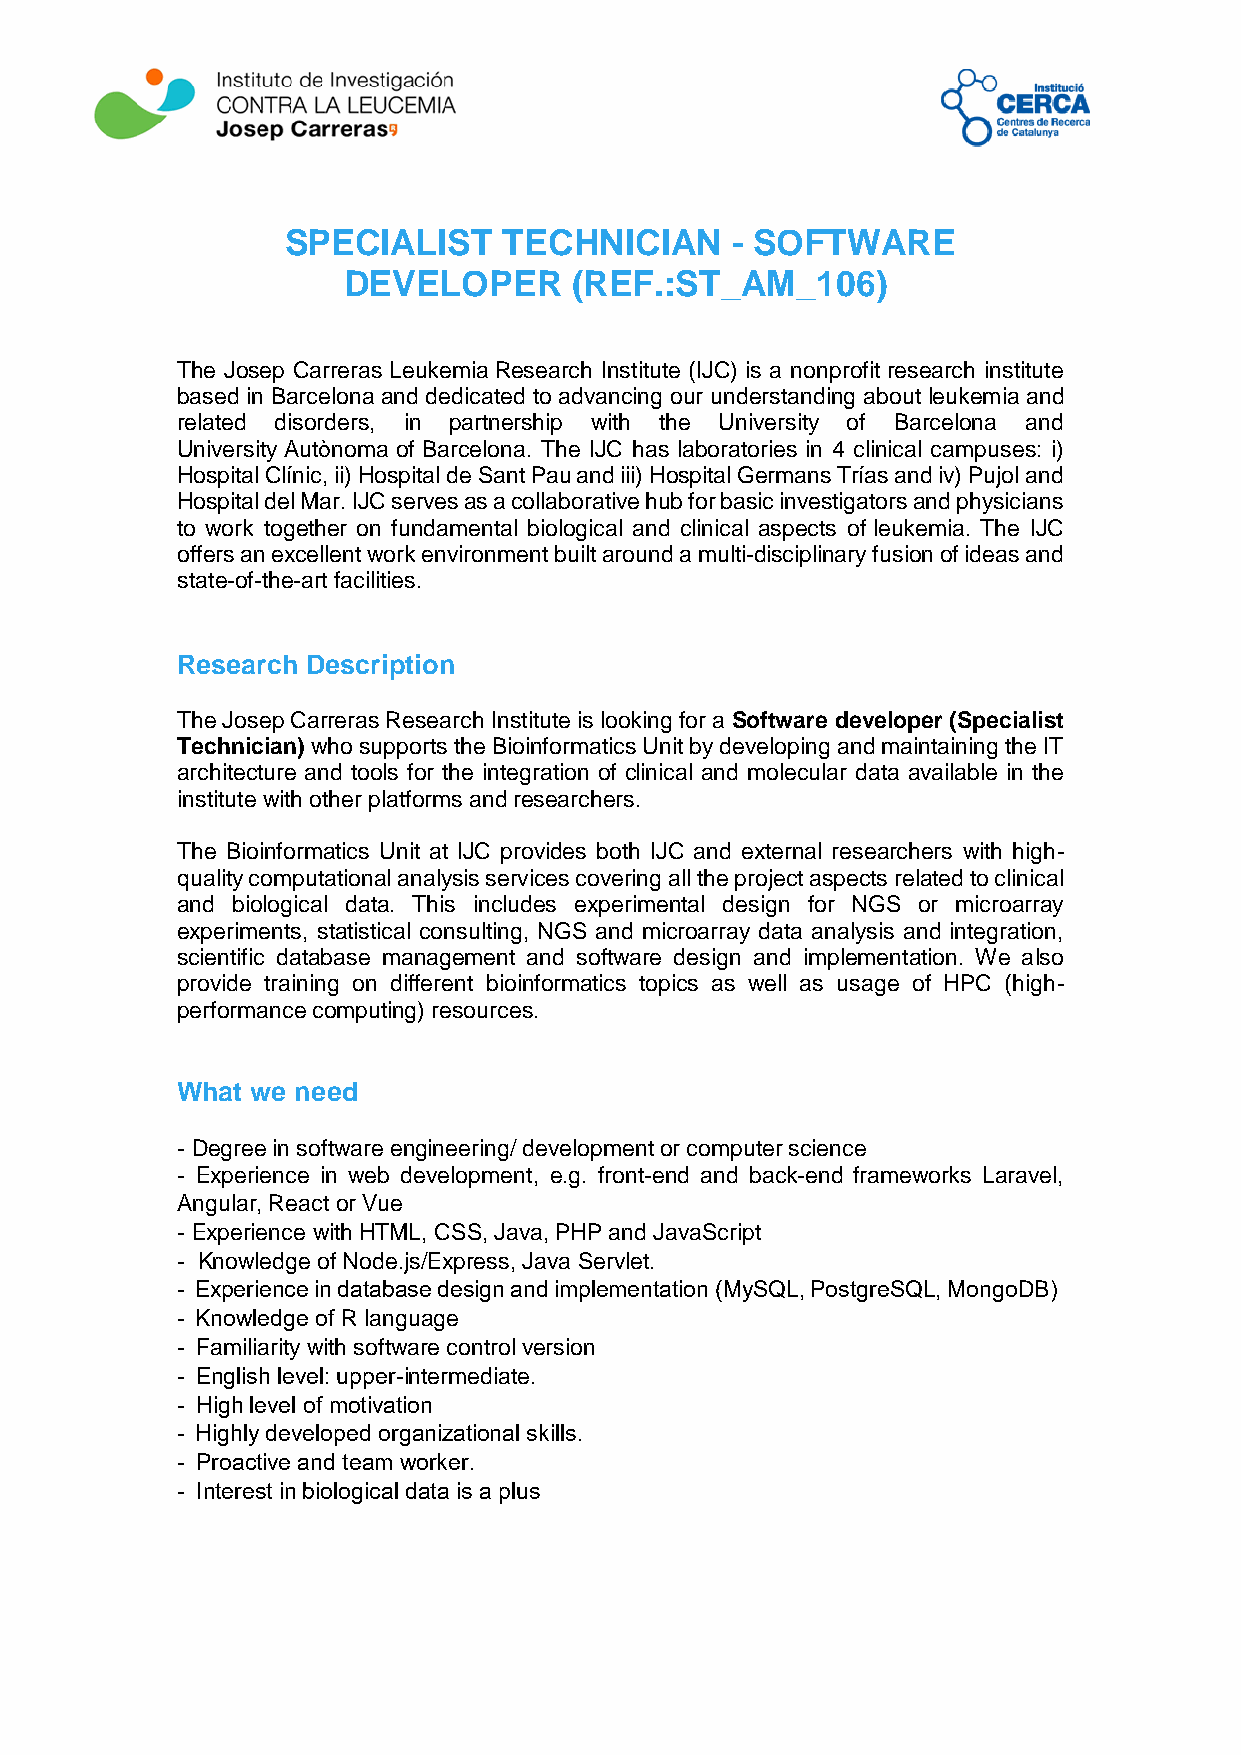
SPECIALIST    TECHNICIAN     - SOFTWARE
 DEVELOPER      (REF.:ST_AM_106)
 The Josep Carreras Leukemia Research Institute (IJC) is a nonprofit research institute
 based in Barcelona and dedicated to advancing our understanding about leukemia and
 related disorders, in partnership with the University of Barcelona and
 University Autònoma of Barcelona. The IJC has laboratories in 4 clinical campuses: i)
 Hospital Clínic, ii) Hospital de Sant Pau and iii) Hospital Germans Trías and iv) Pujol and
 Hospital del Mar. IJC serves as a collaborative hub for basic investigators and physicians
 to work together on fundamental biological and clinical aspects of leukemia. The IJC
 offers an excellent work environment built around a multi-disciplinary fusion of ideas and
 state-of-the-art facilities.
 Research Description
 The Josep Carreras Research Institute is looking for a Software developer (Specialist
 Technician) who supports the Bioinformatics Unit by developing and maintaining the IT
 architecture and tools for the integration of clinical and molecular data available in the
 institute with other platforms and researchers.
 The Bioinformatics Unit at IJC provides both IJC and external researchers with high-
 quality computational analysis services covering all the project aspects related to clinical
 and biological data. This includes experimental design for NGS or microarray
 experiments, statistical consulting, NGS and microarray data analysis and integration,
 scientific database management and software design and implementation. We also
 provide training on different bioinformatics topics as well as usage of HPC (high-
 performance computing) resources.
 What we need
 - Degree in software engineering/ development or computer science
 - Experience in web development, e.g. front-end and back-end frameworks Laravel,
 Angular, React or Vue
 - Experience with HTML, CSS, Java, PHP and JavaScript
 - Knowledge of Node.js/Express, Java Servlet.
 - Experience in database design and implementation (MySQL, PostgreSQL, MongoDB)
 - Knowledge of R language
 - Familiarity with software control version
 - English level: upper-intermediate.
 - High level of motivation
 - Highly developed organizational skills.
 - Proactive and team worker.
 - Interest in biological data is a plus